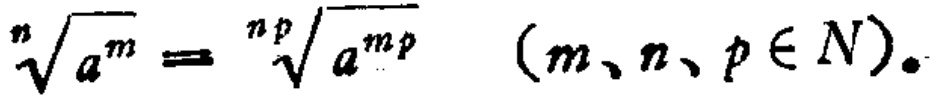
$\sqrt[n]{a^{m}}=\sqrt[np]{a^{mp}}\quad(m、n、p\in N).$